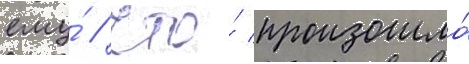
ему́ / что́ произошло́